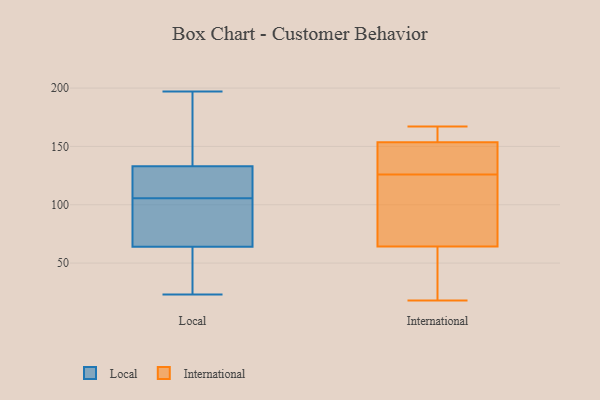
{"axis": {"x": "Customer Acquisition Cost (USD)", "y": "Value"}, "legend": ["International", "Local"], "data": [{"x": "", "y": 108, "type": "Local"}, {"x": "", "y": 197, "type": "Local"}, {"x": "", "y": 152, "type": "Local"}, {"x": "", "y": 107, "type": "Local"}, {"x": "", "y": 104, "type": "Local"}, {"x": "", "y": 73, "type": "Local"}, {"x": "", "y": 55, "type": "Local"}, {"x": "", "y": 23, "type": "Local"}, {"x": "", "y": 32, "type": "Local"}, {"x": "", "y": 183, "type": "Local"}, {"x": "", "y": 98, "type": "Local"}, {"x": "", "y": 114, "type": "Local"}, {"x": "", "y": 131, "type": "International"}, {"x": "", "y": 126, "type": "International"}, {"x": "", "y": 142, "type": "International"}, {"x": "", "y": 167, "type": "International"}, {"x": "", "y": 59, "type": "International"}, {"x": "", "y": 32, "type": "International"}, {"x": "", "y": 153, "type": "International"}, {"x": "", "y": 66, "type": "International"}, {"x": "", "y": 95, "type": "International"}, {"x": "", "y": 18, "type": "International"}, {"x": "", "y": 128, "type": "International"}, {"x": "", "y": 156, "type": "International"}, {"x": "", "y": 155, "type": "International"}, {"x": "", "y": 51, "type": "International"}, {"x": "", "y": 161, "type": "International"}, {"x": "", "y": 66, "type": "International"}, {"x": "", "y": 101, "type": "International"}]}